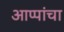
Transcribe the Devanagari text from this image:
आप्पांचा